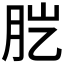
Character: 𦙏